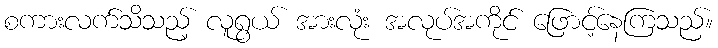
စကားလက်သိသည့် လူရွယ် အားလုံး အလုပ်အကိုင် ဖြောင့်နေကြသည်။